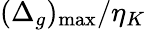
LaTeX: (\Delta_{g})_{\operatorname*{max}}/\eta_{K}